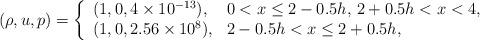
LaTeX: \begin{align*}(\rho,u,p)=\left\{\begin{array}{ll}(1,0,4\times 10^{-13}), & \textrm{$ 0 < x \leq 2-0.5 h$, $ 2+0.5 h < x < 4$},\\(1,0,2.56\times 10^{8}), & \textrm{$ 2-0.5 h< x \leq 2+0.5 h$},\end{array}\right.\end{align*}